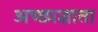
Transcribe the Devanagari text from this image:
अच्छाज्ञाता